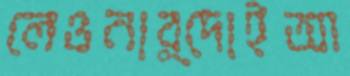
লেওনার্দোইআ